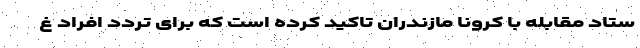
ستاد مقابله با کرونا مازندران تاکید کرده است که برای تردد افراد غ